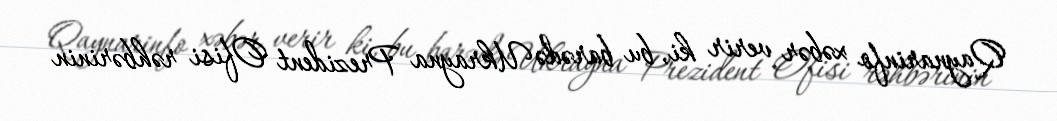
Qaynarinfo xəbər verir ki, bu barədə Ukrayna Prezident Ofisi rəhbərinin